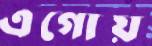
এগোয়